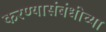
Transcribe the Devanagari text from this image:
करण्यासंबंधीच्या